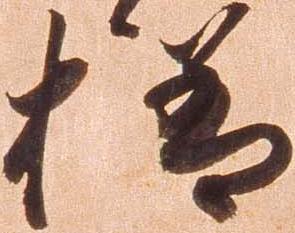
様